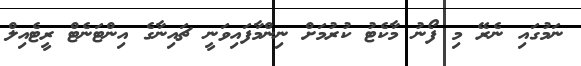
ނަމުގައި ނެރޭ މި ފޯނު މާކެޓު ކުރުމަށް ނިންމާފައިވަނީ ޗައިނާގެ އިންޓަނެޓް ރީޓެއިލް